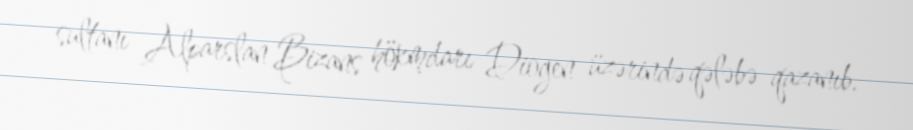
sultanı Alparslan Bizans hökmdarı Diogen üzərində qələbə qazanıb.